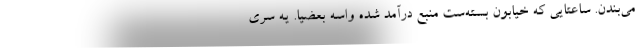
می‌بندن. ساعتایی که خیابون بسته‌ست منبع درآمد شده واسه بعضیا. یه سری